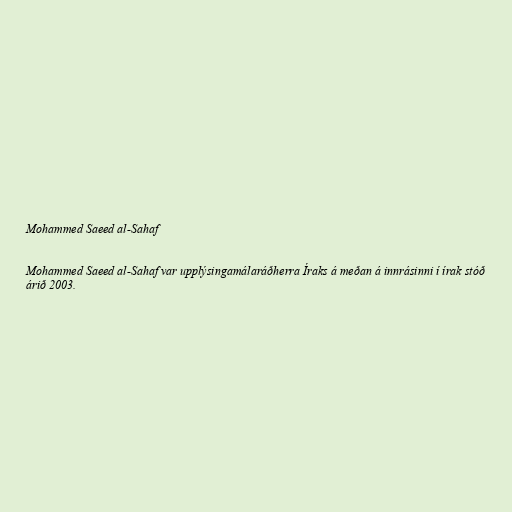
Mohammed Saeed al-Sahaf

Mohammed Saeed al-Sahaf var upplýsingamálaráðherra Íraks á meðan á innrásinni í írak stóð
árið 2003.